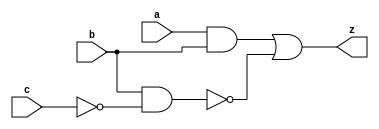
module comb_3in(a,b,c,z);
    input a,b,c;
    output z;
    assign z = (a & b)|~(b & ~c);
endmodule